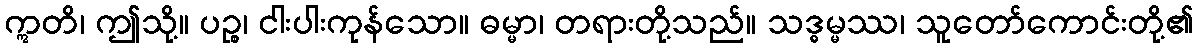
ဣတိ၊ ဤသို့။ ပဉ္စ၊ ငါးပါးကုန်သော။ ဓမ္မာ၊ တရားတို့သည်။ သဒ္ဓမ္မဿ၊ သူတော်ကောင်းတို့၏